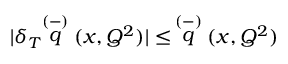
| \delta _ { T } \! \! \stackrel { ( - ) } { q } ( x , Q ^ { 2 } ) | \leq \, \stackrel { ( - ) } { q } ( x , Q ^ { 2 } )